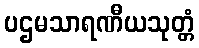
ပဌမသာရဏီယသုတ္တံ